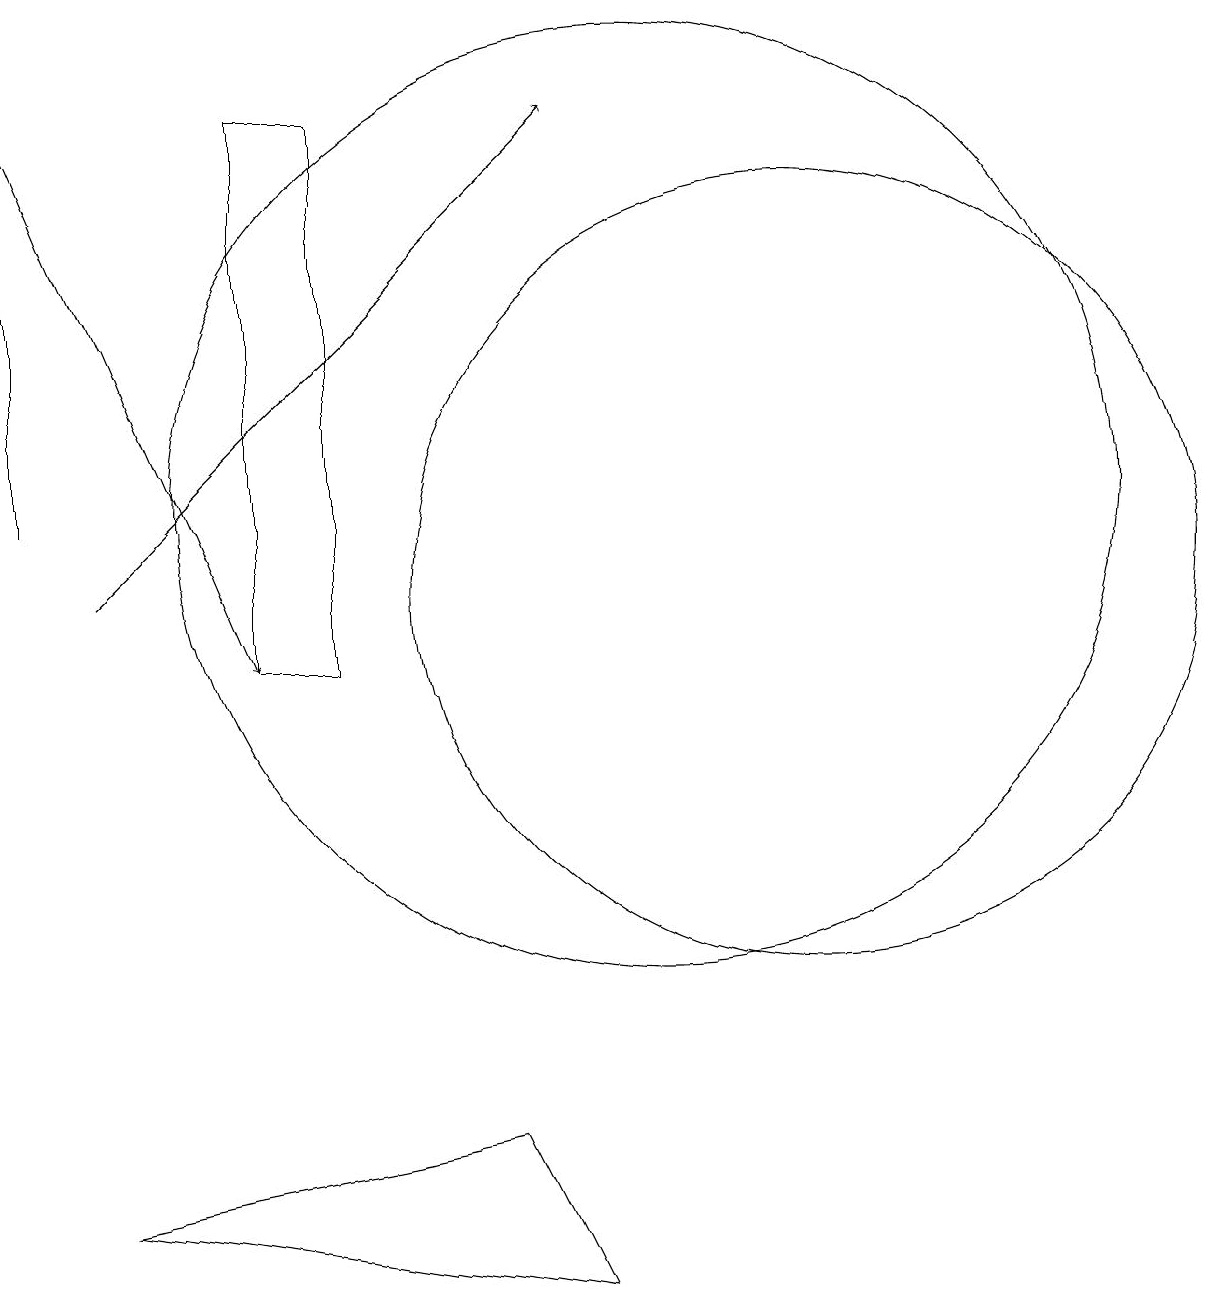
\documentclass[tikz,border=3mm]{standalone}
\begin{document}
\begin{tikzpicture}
\draw[->] (3,11) -- (9,17);
\draw (8,4) -- (3,3) -- (9,2) -- cycle;
\draw (2,17) rectangle (2,12);
\draw[->] (2,17) -- (5,10);
\draw (12,11) circle (5);
\draw (10,12) circle (6);
\draw (5,17) rectangle (6,10);
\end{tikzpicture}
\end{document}